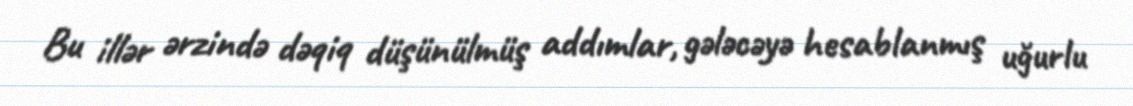
Bu illər ərzində dəqiq düşünülmüş addımlar, gələcəyə hesablanmış uğurlu